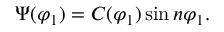
\Psi ( \varphi _ { 1 } ) = C ( \varphi _ { 1 } ) \sin n \varphi _ { 1 } .